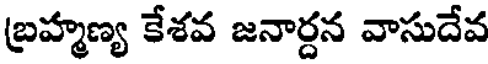
బ్రహ్మణ్య కేశవ జనార్దన వాసుదేవ